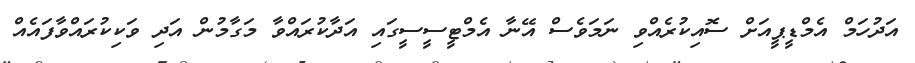
އަދުހަމް އެމްޑީޕީއަށް ސޮއިކުރެއްވި ނަމަވެސް އޭނާ އެމްޓީސީސީގައި އަދާކުރައްވާ މަގާމުން އަދި ވަކިކުރައްވާފައެއް